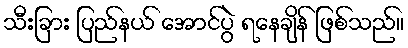
သီးခြား ပြည်နယ် အောင်ပွဲ ရနေချိန် ဖြစ်သည်။